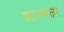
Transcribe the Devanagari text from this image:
फ्राज्चाल्नर